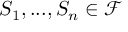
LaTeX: S _ { 1 } , . . . , S _ { n } \in { \mathcal { F } }